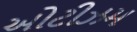
ઓટીઝમ